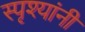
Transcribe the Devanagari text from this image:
स्पृश्यांनी